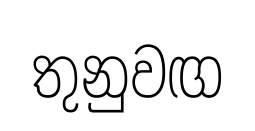
තුනුවඟ